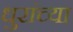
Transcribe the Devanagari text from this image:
धुरांच्या